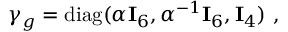
\gamma _ { g } = { \mathrm { d i a g } } ( \alpha { \bf I } _ { 6 } , \alpha ^ { - 1 } { \bf I } _ { 6 } , { \bf I } _ { 4 } ) ~ ,